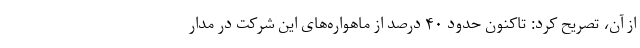
از آن، تصریح کرد: تاکنون حدود ۴۰ درصد از ماهواره‌های این شرکت در مدار